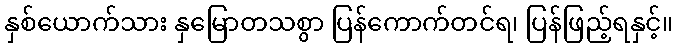
နှစ်ယောက်သား နှမြောတသစွာ ပြန်ကောက်တင်ရ၊ ပြန်ဖြည့်ရနှင့်။